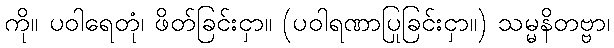
ကို။ ပဝါရေတုံ၊ ဖိတ်ခြင်းငှာ။ (ပဝါရဏာပြုခြင်းငှာ။) သမ္မနိတဗ္ဗာ၊